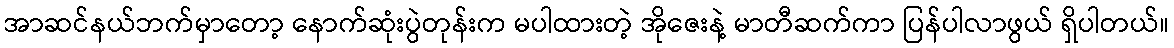
အာဆင်နယ်ဘက်မှာတော့ နောက်ဆုံးပွဲတုန်းက မပါထားတဲ့ အိုဇေးနဲ့ မာတီဆက်ကာ ပြန်ပါလာဖွယ် ရှိပါတယ်။